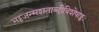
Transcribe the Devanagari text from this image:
भट्टजन्मशताब्दीविशेषाङ्कः